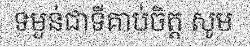
ទម្ងន់ជាទីគាប់ចិត្ត សូម